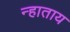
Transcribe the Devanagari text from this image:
न्हाताय